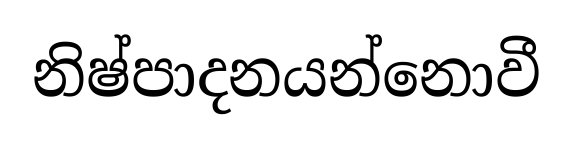
නිෂ්පාදනයන්නොවී